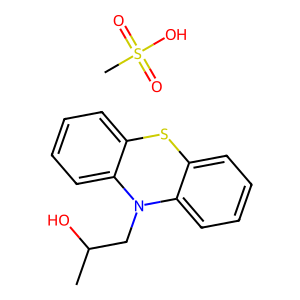
SMILES: CC(O)CN1c2ccccc2Sc2ccccc21.CS(=O)(=O)O
Inhibits HIV replication: No